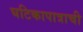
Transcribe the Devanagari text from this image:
घटिकापात्राची